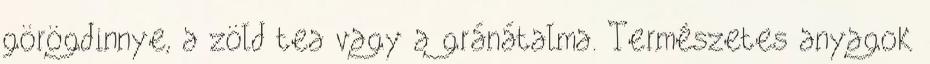
görögdinnye, a zöld tea vagy a gránátalma. Természetes anyagok